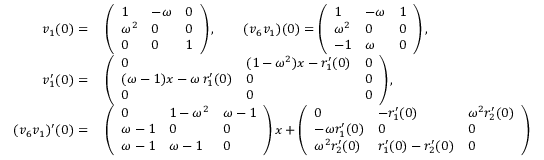
\begin{array} { r l } { v _ { 1 } ( 0 ) = } & { \; \left( \begin{array} { l l l } { 1 } & { - \omega } & { 0 } \\ { \omega ^ { 2 } } & { 0 } & { 0 } \\ { 0 } & { 0 } & { 1 } \end{array} \right) , \qquad ( v _ { 6 } v _ { 1 } ) ( 0 ) = \left( \begin{array} { l l l } { 1 } & { - \omega } & { 1 } \\ { \omega ^ { 2 } } & { 0 } & { 0 } \\ { - 1 } & { \omega } & { 0 } \end{array} \right) , } \\ { v _ { 1 } ^ { \prime } ( 0 ) = } & { \; \left( \begin{array} { l l l } { 0 } & { ( 1 - \omega ^ { 2 } ) x - r _ { 1 } ^ { \prime } ( 0 ) } & { 0 } \\ { ( \omega - 1 ) x - \omega \, r _ { 1 } ^ { \prime } ( 0 ) } & { 0 } & { 0 } \\ { 0 } & { 0 } & { 0 } \end{array} \right) , } \\ { ( v _ { 6 } v _ { 1 } ) ^ { \prime } ( 0 ) = } & { \; \left( \begin{array} { l l l } { 0 } & { 1 - \omega ^ { 2 } } & { \omega - 1 } \\ { \omega - 1 } & { 0 } & { 0 } \\ { \omega - 1 } & { \omega - 1 } & { 0 } \end{array} \right) x + \left( \begin{array} { l l l } { 0 } & { - r _ { 1 } ^ { \prime } ( 0 ) } & { \omega ^ { 2 } r _ { 2 } ^ { \prime } ( 0 ) } \\ { - \omega r _ { 1 } ^ { \prime } ( 0 ) } & { 0 } & { 0 } \\ { \omega ^ { 2 } r _ { 2 } ^ { \prime } ( 0 ) } & { r _ { 1 } ^ { \prime } ( 0 ) - r _ { 2 } ^ { \prime } ( 0 ) } & { 0 } \end{array} \right) } \end{array}